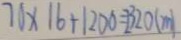
7 0 \times 1 6 + 1 2 0 0 = 2 3 2 0 ( m )